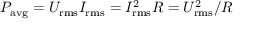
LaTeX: P _ { \mathrm { { a v g } } } = U _ { \mathrm { r m s } } I _ { \mathrm { r m s } } = I _ { \mathrm { r m s } } ^ { 2 } R = U _ { \mathrm { r m s } } ^ { 2 } / R